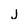
Character: j